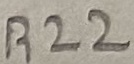
Text: R22